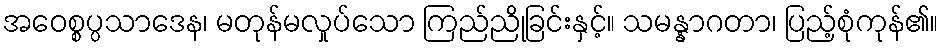
အဝေစ္စပ္ပသာဒေန၊ မတုန်မလှုပ်သော ကြည်ညိုခြင်းနှင့်။ သမန္နာဂတာ၊ ပြည့်စုံကုန်၏။